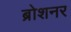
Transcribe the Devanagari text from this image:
ब्रोशनर